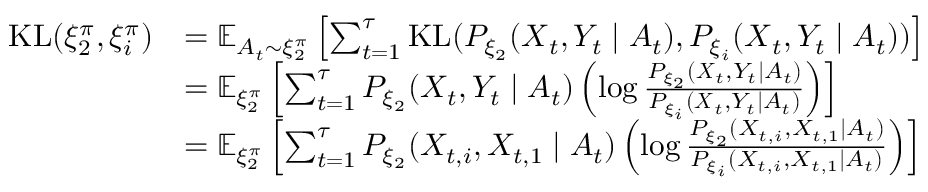
\begin{array} { r l } { \mathrm { K L } ( \xi _ { 2 } ^ { \pi } , \xi _ { i } ^ { \pi } ) } & { = \mathbb { E } _ { A _ { t } \sim \xi _ { 2 } ^ { \pi } } \left[ \sum _ { t = 1 } ^ { \tau } \mathrm { K L } ( P _ { \xi _ { 2 } } ( \boldsymbol { X } _ { t } , Y _ { t } \mid A _ { t } ) , P _ { \xi _ { i } } ( \boldsymbol { X } _ { t } , Y _ { t } \mid A _ { t } ) ) \right] } \\ & { = \mathbb { E } _ { \xi _ { 2 } ^ { \pi } } \left[ \sum _ { t = 1 } ^ { \tau } P _ { \xi _ { 2 } } ( \boldsymbol { X } _ { t } , Y _ { t } \mid A _ { t } ) \left( \log \frac { P _ { \xi _ { 2 } } ( \boldsymbol { X } _ { t } , Y _ { t } \mid A _ { t } ) } { P _ { \xi _ { i } } ( \boldsymbol { X } _ { t } , Y _ { t } \mid A _ { t } ) } \right) \right] } \\ & { = \mathbb { E } _ { \xi _ { 2 } ^ { \pi } } \left[ \sum _ { t = 1 } ^ { \tau } P _ { \xi _ { 2 } } ( X _ { t , i } , X _ { t , 1 } \mid A _ { t } ) \left( \log \frac { P _ { \xi _ { 2 } } ( X _ { t , i } , X _ { t , 1 } \mid A _ { t } ) } { P _ { \xi _ { i } } ( X _ { t , i } , X _ { t , 1 } \mid A _ { t } ) } \right) \right] } \end{array}